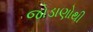
જોડાણોથી